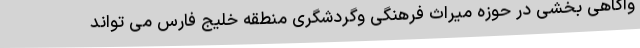
وآگاهی بخشی در حوزه میراث فرهنگی وگردشگری منطقه خليج فارس می تواند